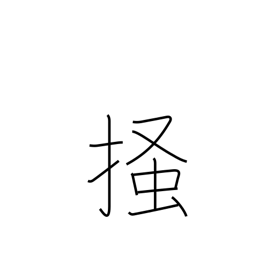
Meaning: scratch